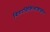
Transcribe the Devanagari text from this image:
बिगरचिकित्साशास्त्रीय